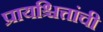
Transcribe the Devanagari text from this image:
प्रायश्चित्तांची